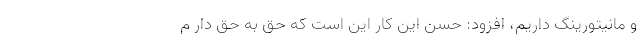
و مانیتورینگ داریم، افزود: حُسن این کار این است که حق به حق دار م